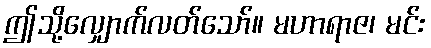
ဤသို့လျှောက်လတ်သော်။ မဟာရာဇ၊ မင်း